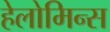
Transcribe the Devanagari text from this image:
हेलोमिन्स